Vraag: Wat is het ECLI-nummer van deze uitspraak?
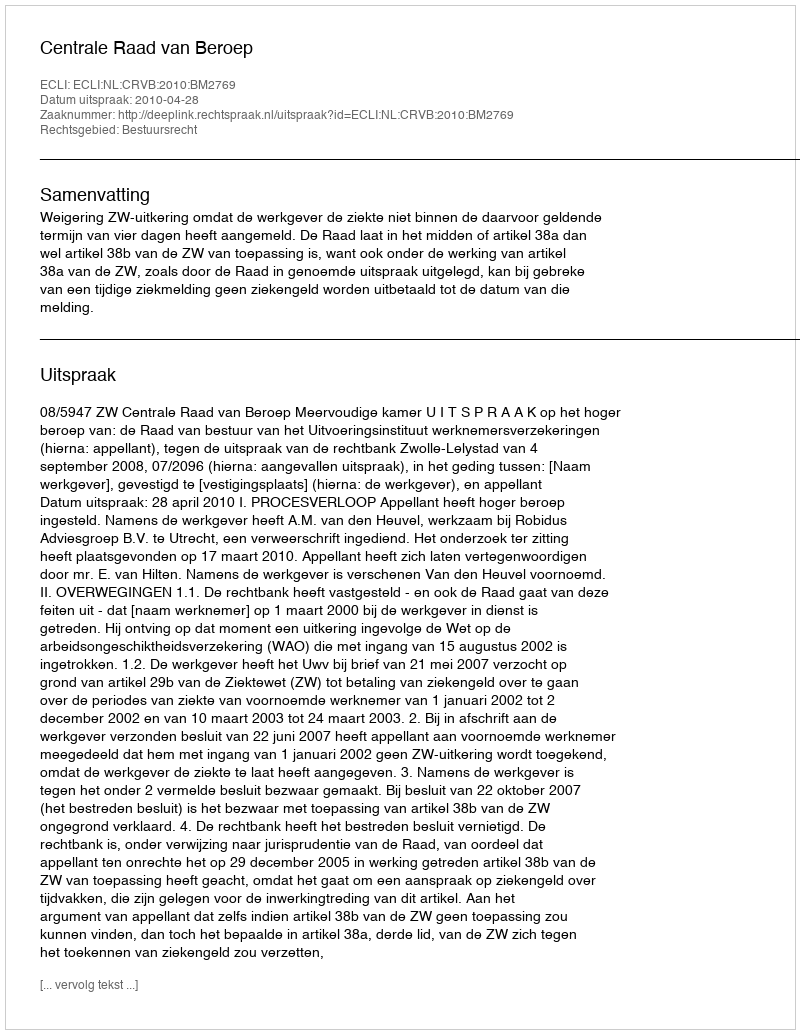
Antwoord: ECLI:NL:CRVB:2010:BM2769